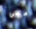
ميمي